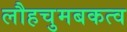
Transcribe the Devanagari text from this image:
लौहचुमबकत्व